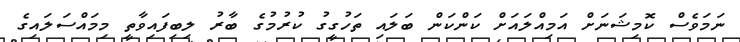
ނަމަވެސް ކޮމިޝަނަށް އަމިއްލައަށް ކަންކަން ބަލައި ތަހުގީގު ކުރުމުގެ ބާރު ލިބިފައިވާތީ މިމައްސަލައިގެ